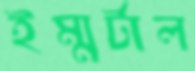
ইম্মর্টাল